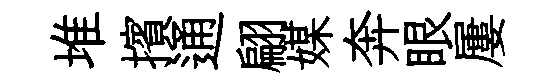
堆擯通翩媒奔眼屢